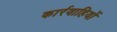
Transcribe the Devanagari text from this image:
कार्रवाहियों